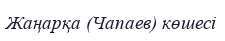
Жаңарқа (Чапаев) көшесі